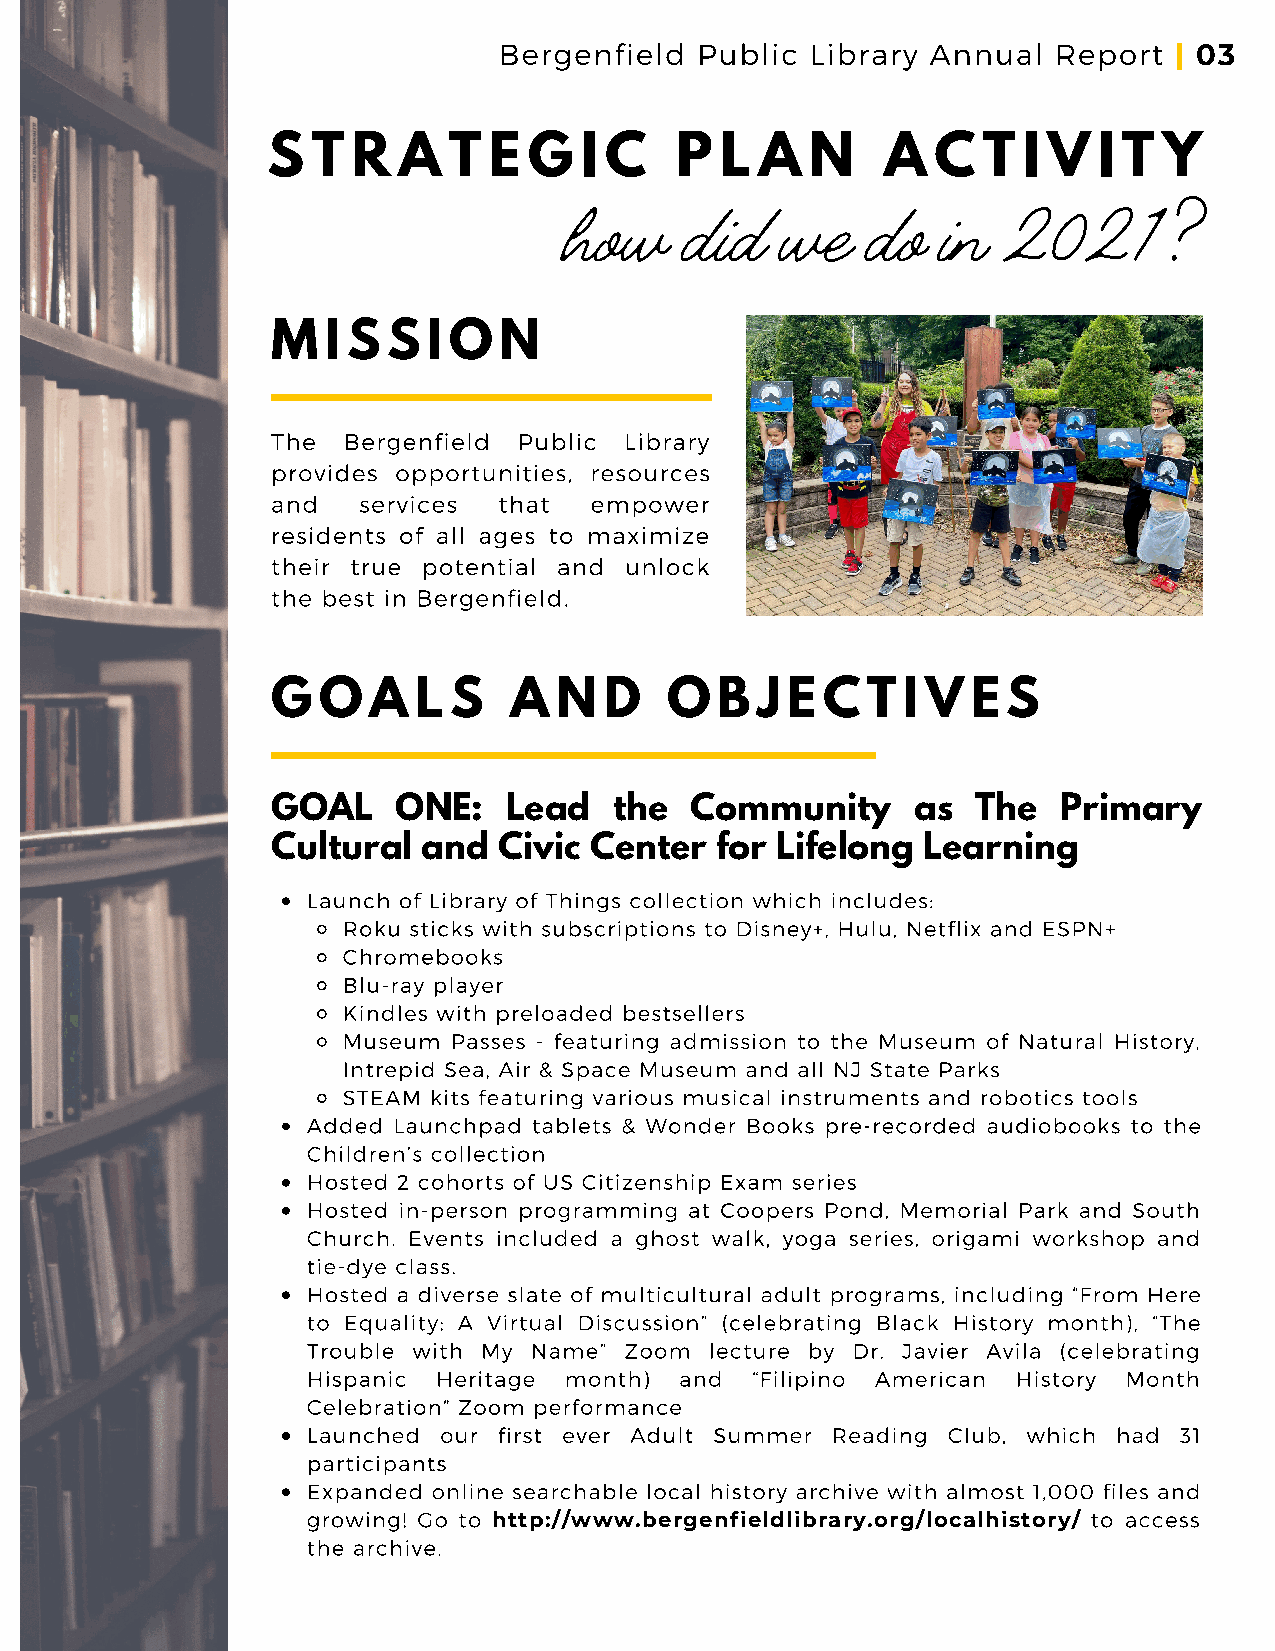
Bergenfield  Public  Library Annual  Report
 | 03
 S  T R  A   T E  G  I C    P  L A   N    A  C  T  I V  I T Y
 how     did    we   do   in  2021       ?
 M   I S S I O  N
 The  Bergenfield Public Library
 provides opportunities, resources
 and   services that  empower
 residents of all ages to maximize
 their true potential and unlock
 the best in Bergenfield.
 G  O  A  L  S   A  N  D   O   B J E C  T  I V E  S
 GOAL    ONE:   Lead    the  Community     as   The  Primary
 Cultural  and  Civic Center  for Lifelong  Learning
 Launch of Library of Things collection which includes:
 Roku sticks with subscriptions to Disney+, Hulu, Netflix and ESPN+
 Chromebooks
 Blu-ray player
 Kindles with preloaded bestsellers
 Museum Passes - featuring admission to the Museum of Natural History,
 Intrepid Sea, Air & Space Museum and all NJ State Parks
 STEAM kits featuring various musical instruments and robotics tools
 Added Launchpad tablets & Wonder Books pre-recorded audiobooks to the
 Children’s collection
 Hosted 2 cohorts of US Citizenship Exam series
 Hosted in-person programming at Coopers Pond, Memorial Park and South
 Church. Events included a ghost walk, yoga series, origami workshop and
 tie-dye class.
 Hosted a diverse slate of multicultural adult programs, including “From Here
 to Equality: A Virtual Discussion” (celebrating Black History month), “The
 Trouble with My Name” Zoom lecture by Dr. Javier Avila (celebrating
 Hispanic Heritage month) and  “Filipino American History Month
 Celebration” Zoom performance
 Launched our first ever Adult Summer Reading Club, which had 31
 participants
 Expanded online searchable local history archive with almost 1,000 files and
 growing! Go to http://www.bergenfieldlibrary.org/localhistory/ to access
 the archive.